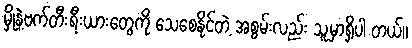
မှိုနဲ့ဗက်တီးရီးယားတွေကို သေစေနိုင်တဲ့ အစွမ်းလည်း သူ့မှာရှိပါ တယ်။